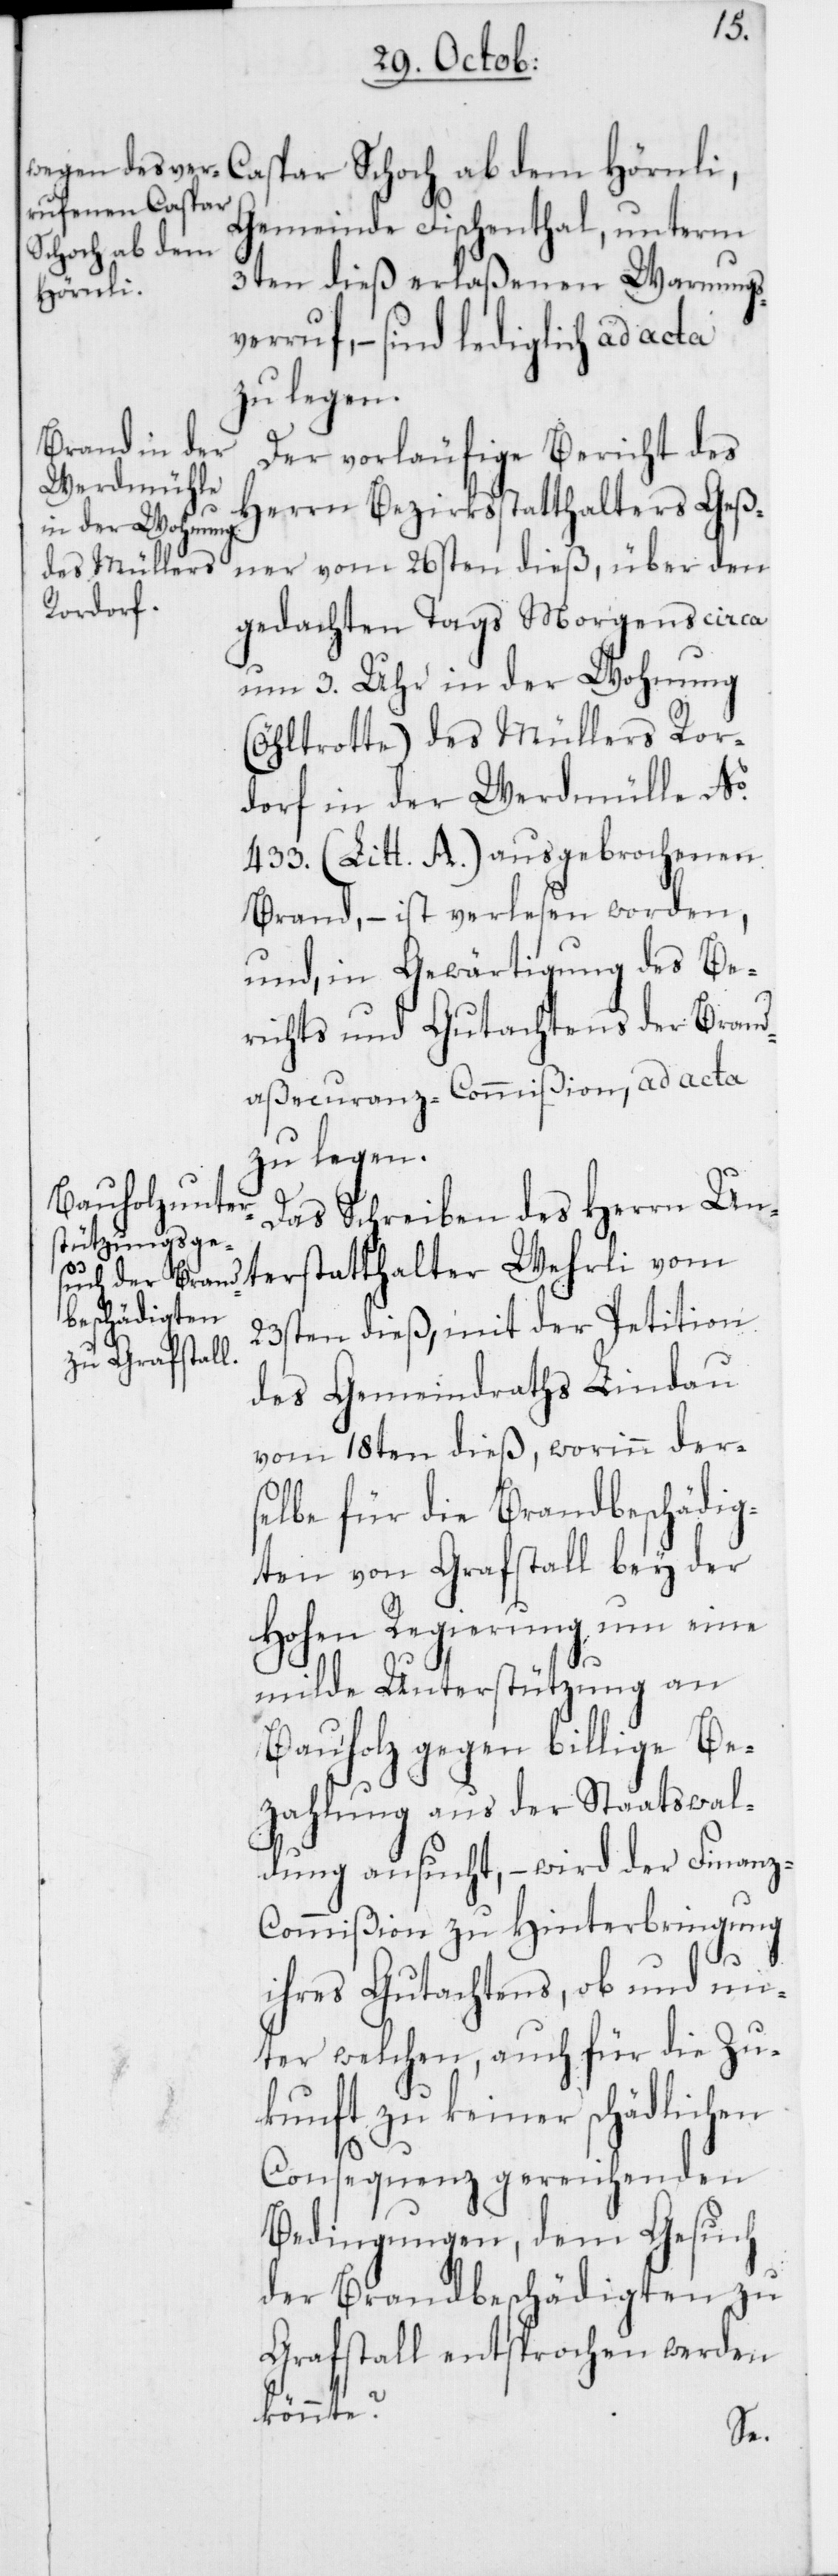
Gemeinde Fischenthal, unterm
Schoch ab dem
3ten dieß erlaßenen Warnungs¬
terstatt¬
verruf, – sind lediglich ad acta
zu legen.
Der vorläufige Bericht des
Herrn Bezirksstatthalters Geß¬
halter Wehrli
ner vom 26sten dieß, über den
gedachten Tags Morgens circa
um 3. Uhr in der Wohnung
(Öhltrotte) des Müllers Ror¬
dorf in der Werdmülle No.
433. (Litt. A.) ausgebrochenen
Brand, – ist verlesen worden,
und, in Gewärtigung des Be¬
richts und Gutachtens der Brand¬
aßecuranz-Commißion, ad acta
zu legen.
Das Schreiben des Herrn Un¬
23sten dieß, mit der Petition
des Gemeindraths Lindau
vom 18ten dieß, worinn der¬
selbe für die Brandbeschädig¬
ten von Grafstall bey der
Hohen Regierung um eine
milde Unterstützung an
Bauholz gegen billige Be¬
zahlung aus der Staatswal¬
dung ansucht, – wird der Finan¬
z-Commißion zu Hinterbringung
ihres Gutachtens, ob und un¬
ter welchen, auch für die Zu¬
kunft zu keiner schädlichen
Consequenz gereichenden
Bedingungen, dem Gesuch
der Brandbeschädigten zu
Grafstall entsprochen werden
könnte?